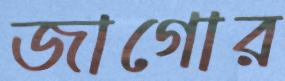
জাগোর